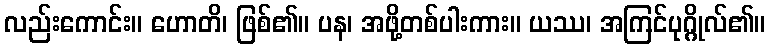
လည်းကောင်း။ ဟောတိ၊ ဖြစ်၏။ ပန၊ အဖို့တစ်ပါးကား။ ယဿ၊ အကြင်ပုဂ္ဂိုလ်၏။